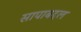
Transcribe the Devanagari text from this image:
सापाबद्दल